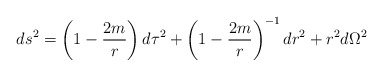
\begin{align*}ds^2=\left(1-{2m \over r}\right)d\tau ^2+\left(1-{2m \over r}\right)^{-1}dr^2+r^2d\Omega^2\end{align*}